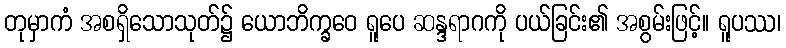
တုမှာကံ အစရှိသောသုတ်၌ ယောဘိက္ခဝေ ရူပေ ဆန္ဒရာဂကို ပယ်ခြင်း၏ အစွမ်းဖြင့်။ ရူပဿ၊